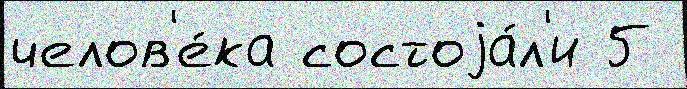
челов'е́ка состоjа́л'и 5